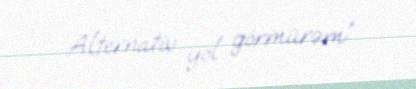
Alternativ yol görmürəm”.